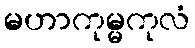
မဟာကုမ္မကုလံ